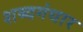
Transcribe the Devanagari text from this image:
शब्दगंधार